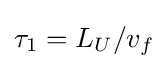
\tau _{1}=L_{U}/v_{f}